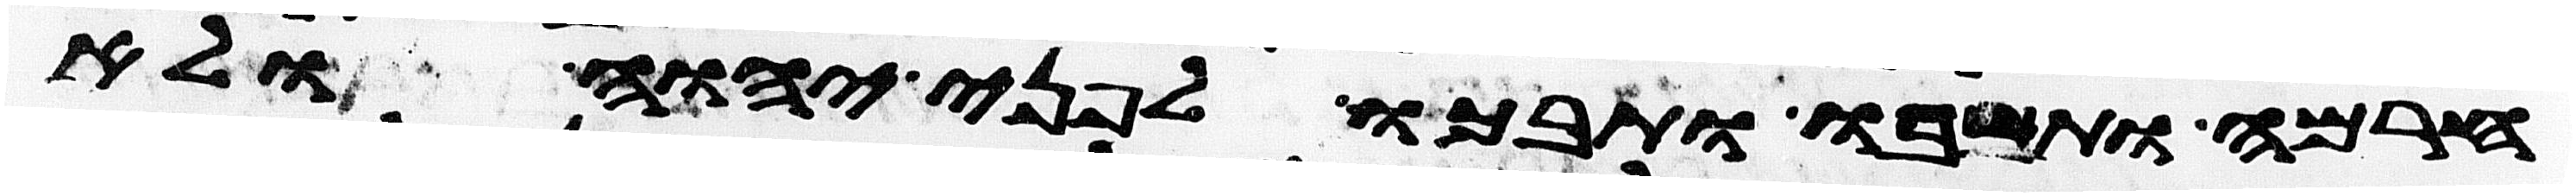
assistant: חרמה ותשבו ותבכו לפני יהוה ולא